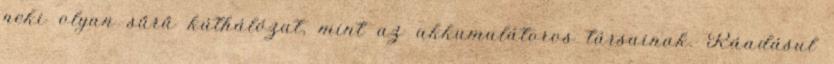
neki olyan sűrű kúthálózat, mint az akkumulátoros társainak. Ráadásul